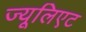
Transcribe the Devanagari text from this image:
ज्यूलिएट